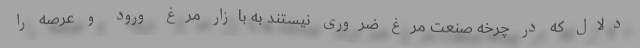
دلال که در چرخه صنعت مرغ ضروری نیستند به بازار مرغ ورود و عرصه را